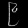
Digit: ၉